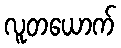
လူတယောက်